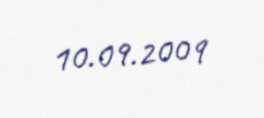
10.09.2009